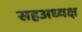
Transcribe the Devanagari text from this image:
सहअध्यक्ष